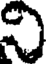
వి